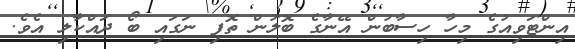
އިންޓަވިއުގެ މިހާ ހިސާބުން އޭނާގެ ބޮލުން ތޮފި ނަގައި ބޯ ދައްކާލި އެވެ.